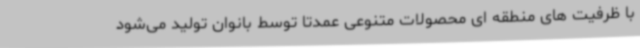
با ظرفیت های منطقه ای محصولات متنوعی عمدتاً توسط بانوان تولید می‌شود